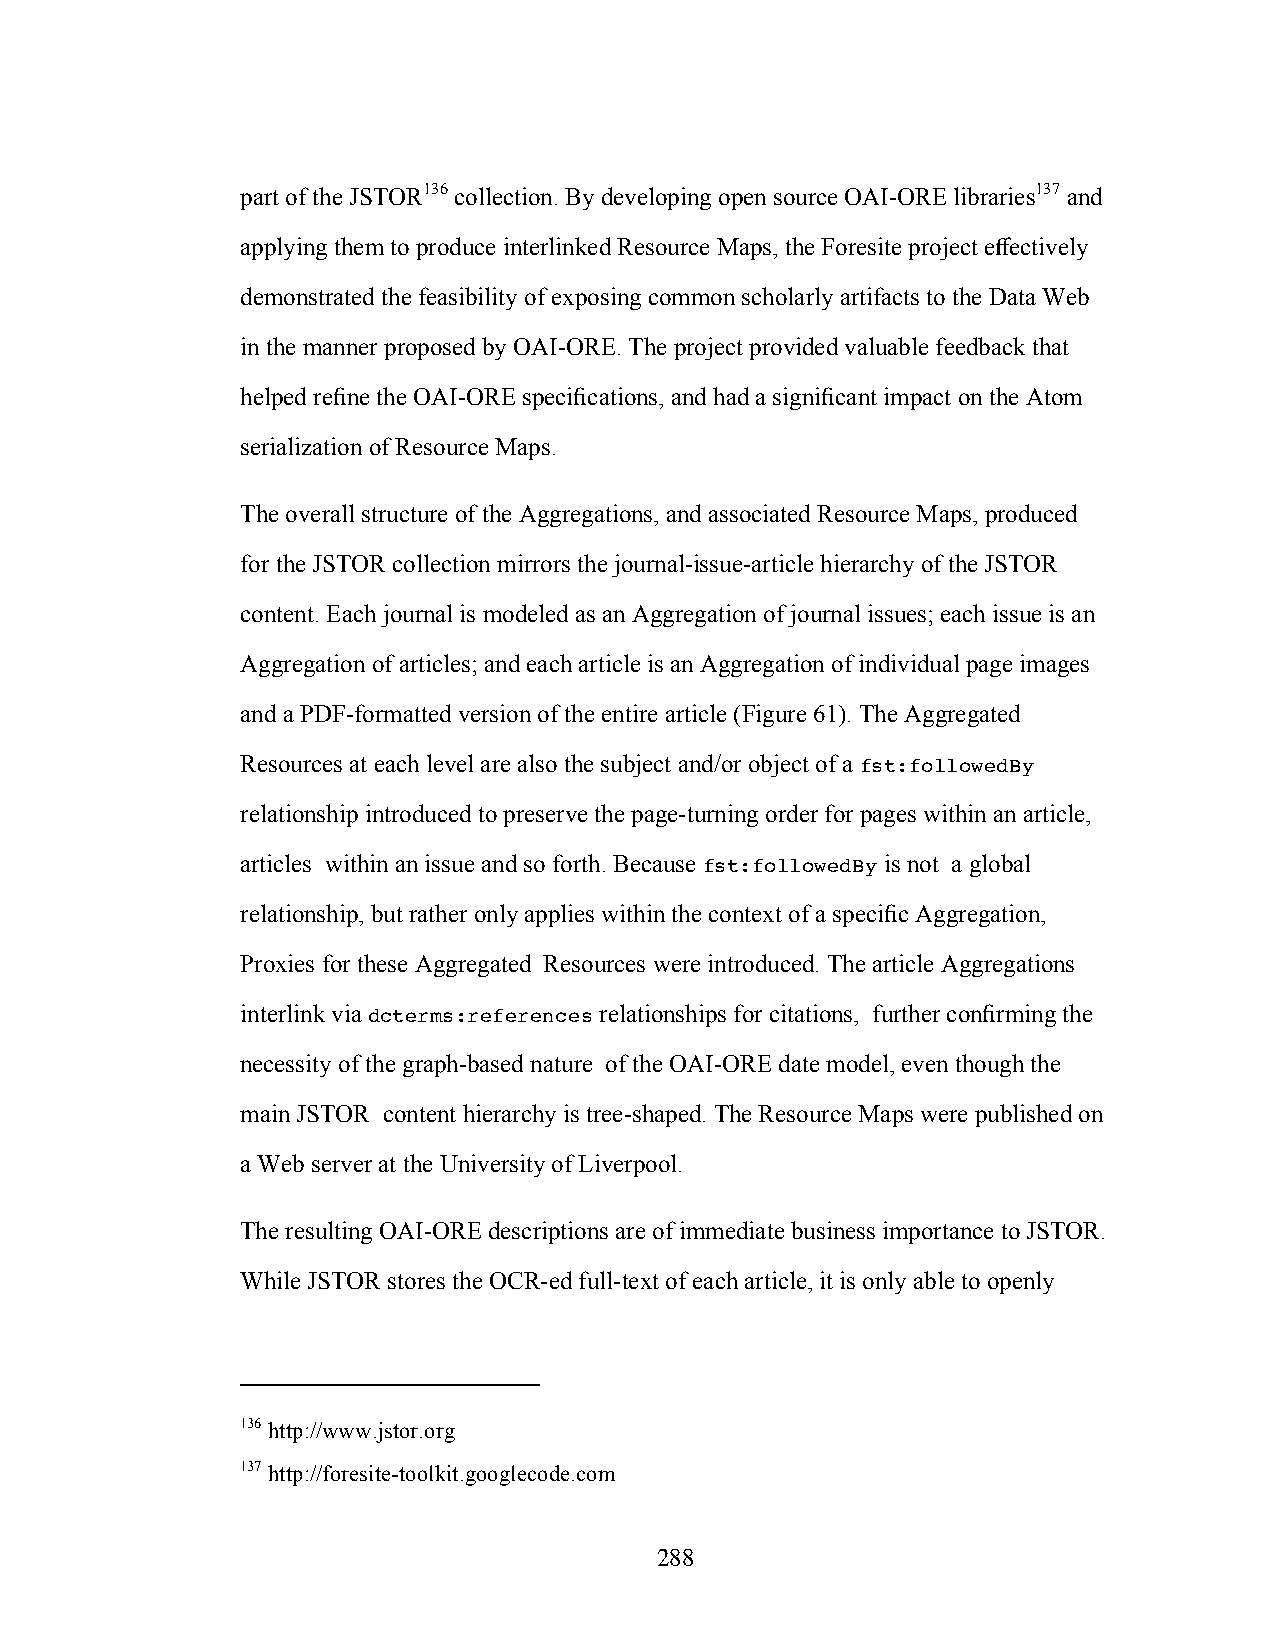
part of the JSTOR136 collection. By developing open source OAI-ORE libraries137 and
 applying them to produce interlinked Resource Maps, the Foresite project effectively
 demonstrated the feasibility of exposing common scholarly artifacts to the Data Web
 in the manner proposed by OAI-ORE. The project provided valuable feedback that
 helped refine the OAI-ORE specifications, and had a significant impact on the Atom
 serialization of Resource Maps.
 The overall structure of the Aggregations, and associated Resource Maps, produced
 for the JSTOR collection mirrors the journal-issue-article hierarchy of the JSTOR
 content. Each journal is modeled as an Aggregation of journal issues; each issue is an
 Aggregation of articles; and each article is an Aggregation of individual page images
 and a PDF-formatted version of the entire article (Figure 61). The Aggregated
 Resources at each level are also the subject and/or object of a fst:followedBy
 relationship introduced to preserve the page-turning order for pages within an article,
 articles within an issue and so forth. Because fst:followedBy is not a global
 relationship, but rather only applies within the context of a specific Aggregation,
 Proxies for these Aggregated Resources were introduced. The article Aggregations
 interlink via dcterms:references relationships for citations, further confirming the
 necessity of the graph-based nature of the OAI-ORE date model, even though the
 main JSTOR content hierarchy is tree-shaped. The Resource Maps were published on
 a Web server at the University of Liverpool.
 The resulting OAI-ORE descriptions are of immediate business importance to JSTOR.
 While JSTOR stores the OCR-ed full-text of each article, it is only able to openly
 136 http://www.jstor.org
 137 http://foresite-toolkit.googlecode.com
 288